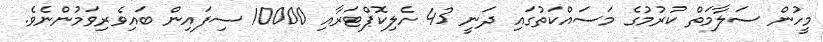
މީހުން ސަލާމަތް ކުރުމުގެ މަސައްކަތުގައި ދަނީ 43 ހެލިކޮޕްޓަރާއި 10000 ސިފައިން ބައިވެރިވަމުންނެވެ.